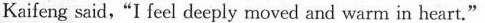
Kaifeng said, "I feel deeply moved and warm in heart."